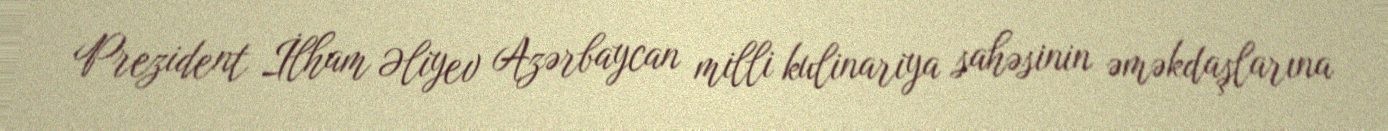
Prezident İlham Əliyev Azərbaycan milli kulinariya sahəsinin əməkdaşlarına